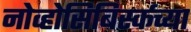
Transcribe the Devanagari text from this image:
नोव्होसिबिर्स्कच्या